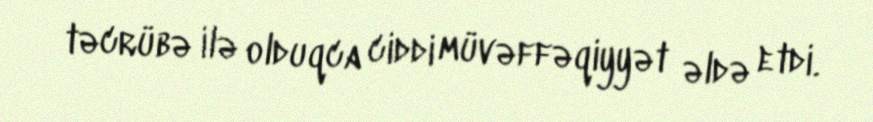
təcrübə ilə olduqca ciddi müvəffəqiyyət əldə etdi.